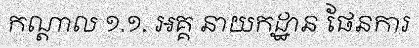
កណ្តាល ១.១. អគ្គ នាយកដ្ឋាន ផែនការ